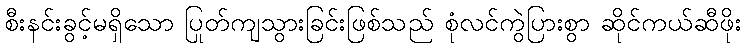
စီးနင်းခွင့်မရှိသော ပြုတ်ကျသွားခြင်းဖြစ်သည် စုံလင်ကွဲပြားစွာ ဆိုင်ကယ်ဆီဖိုး